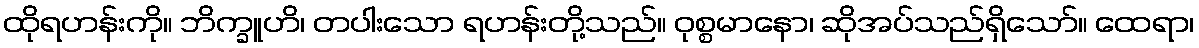
ထိုရဟန်းကို။ ဘိက္ခူဟိ၊ တပါးသော ရဟန်းတို့သည်။ ဝုစ္စမာနော၊ ဆိုအပ်သည်ရှိသော်။ ထေရာ၊